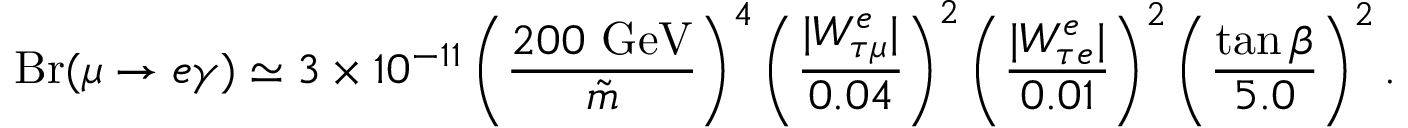
\mathrm { B r } ( \mu \rightarrow e \gamma ) \simeq 3 \times 1 0 ^ { - 1 1 } \left( \frac { 2 0 0 ~ \mathrm { G e V } } { \tilde { m } } \right) ^ { 4 } \left( \frac { | W _ { \tau \mu } ^ { e } | } { 0 . 0 4 } \right) ^ { 2 } \left( \frac { | W _ { \tau e } ^ { e } | } { 0 . 0 1 } \right) ^ { 2 } \left( \frac { \tan \beta } { 5 . 0 } \right) ^ { 2 } .